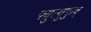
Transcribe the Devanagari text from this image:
फ्य्रुत्गुफुव्